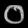
Digit: ၀